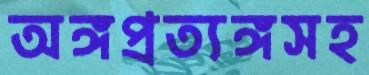
অঙ্গপ্রত্যঙ্গসহ